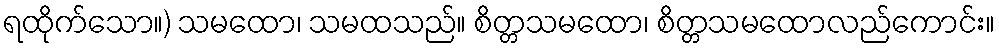
ရထိုက်သော။) သမထော၊ သမထသည်။ စိတ္တသမထော၊ စိတ္တသမထောလည်ကောင်း။